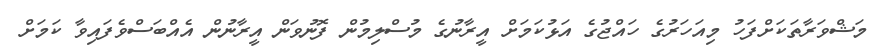
މަޝްވަރާތަކަށްފަހު މިއަހަރުގެ ހައްޖުގެ އަޅުކަމަށް އީރާނުގެ މުސްލިމުން ފޮނުވަން އީރާނުން އެއްބަސްވެފައިވާ ކަމަށް